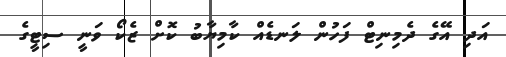
އަދި އޭގެ ދެމިނިޓް ފަހުން ލަނޑެއް ކާމިޔާބު ކޮށް ޒެކޯ ވަނީ ސިޓީގެ